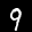
Label: 9